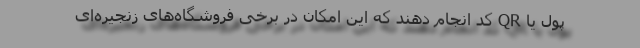
پول یا QR کد انجام دهند که این امکان در برخی فروشگاه‌های زنجیره‌ای